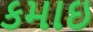
કમાઇ